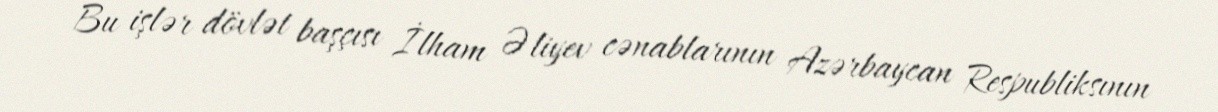
Bu işlər dövlət başçısı İlham Əliyev cənablarının Azərbaycan Respubliksının